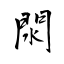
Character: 閖